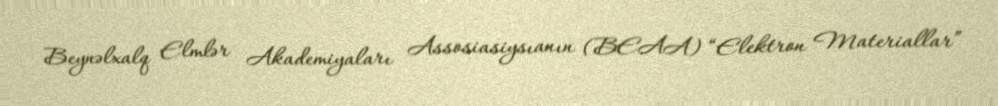
Beynəlxalq Elmlər Akademiyaları Assosiasiysıanın (BEAA) “Elektron Materiallar”